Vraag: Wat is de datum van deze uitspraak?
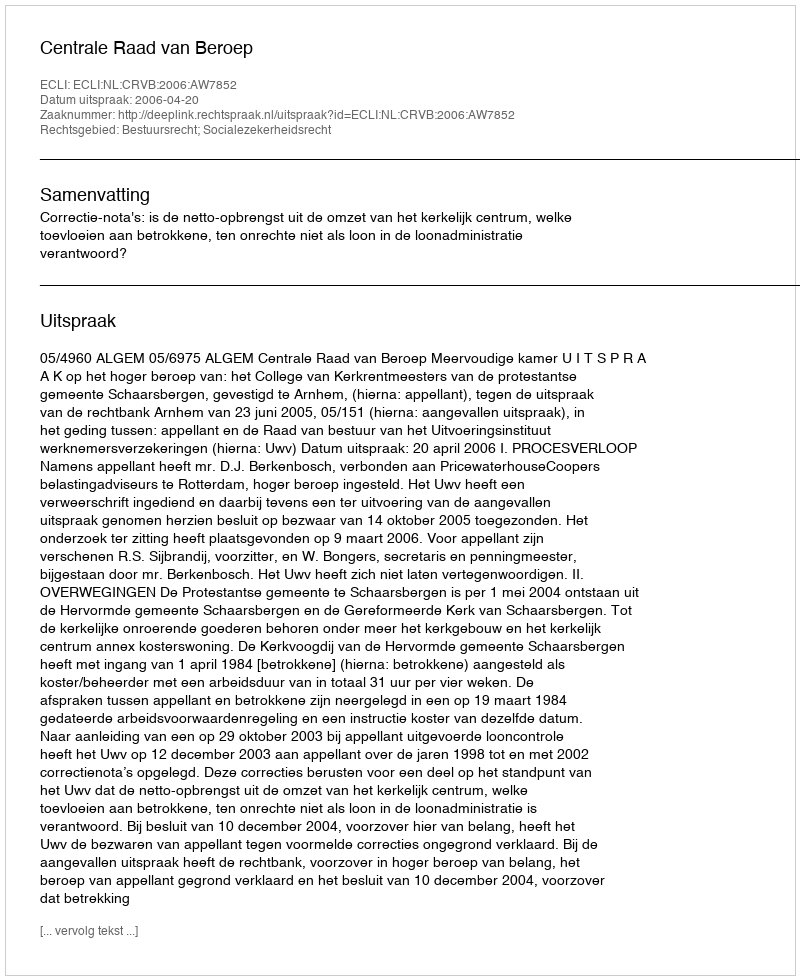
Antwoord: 2006-04-20